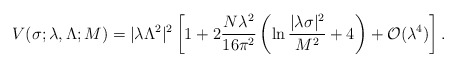
\begin{align*}V(\sigma;\lambda,\Lambda;M)= |\lambda \Lambda^2|^2 \left[1 + 2 \frac{N\lambda^2}{16\pi^2} \left(\ln\frac{|\lambda\sigma|^2}{M^2} +4 \right) + {\cal O}(\lambda^4) \right] .\end{align*}